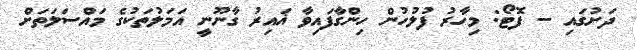
ދަށުގައި -- ފޮޓޯ: މިހާރު ފުލުހުން ހިންގާފައިވާ ޣައިރު ގާނޫނީ އަމަލުތަކުގެ މައްސަލަތަށް